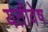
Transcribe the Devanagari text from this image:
यतीवेष